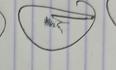
Signature authenticity: genuine